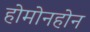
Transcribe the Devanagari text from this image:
होमोनहोन